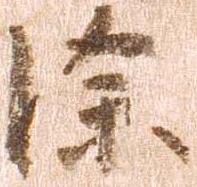
深